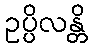
ဥပ္ပိလန္တိ